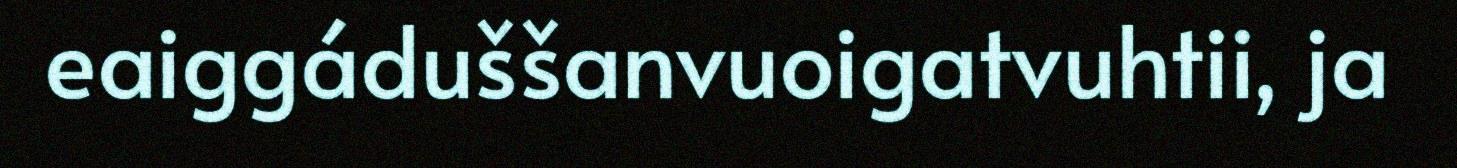
eaiggáduššanvuoigatvuhtii, ja